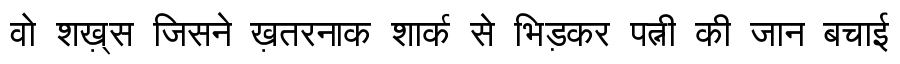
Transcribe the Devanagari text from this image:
वो शख़्स जिसने ख़तरनाक शार्क से भिड़कर पत्नी की जान बचाई